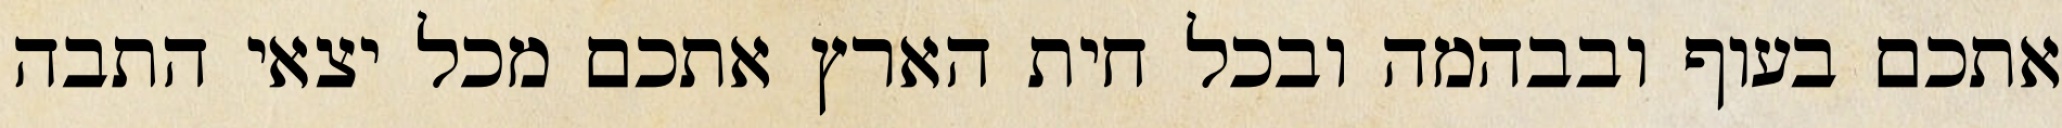
אתכם בעוף ובבהמה ובכל חית הארץ אתכם מכל יצאי התבה